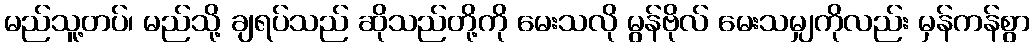
မည်သူ့တပ်၊ မည်သို့ ချရပ်သည် ဆိုသည်တို့ကို မေးသလို မွန်ဗိုလ် မေးသမျှကိုလည်း မှန်ကန်စွာ